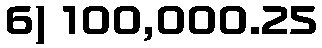
6) 100,000.25